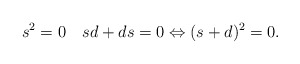
\begin{align*}s^2=0\quad sd+ds=0\Leftrightarrow(s+d)^2=0.\end{align*}